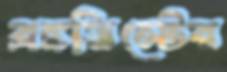
ব্রঙ্কভিস্টের